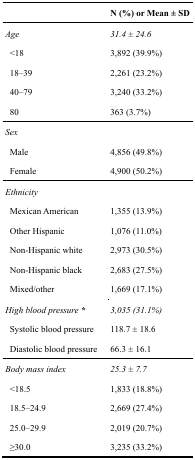
<table><thead><tr><td></td><td><b>N (%) or Mean ± SD</b></td></tr></thead><tbody><tr><td><i>Age</i></td><td><i>31.4 ± 24.6</i></td></tr><tr><td> &lt;18</td><td>3,892 (39.9%)</td></tr><tr><td> 18–39</td><td>2,261 (23.2%)</td></tr><tr><td> 40–79</td><td>3,240 (33.2%)</td></tr><tr><td> 80</td><td>363 (3.7%)</td></tr><tr><td><i>Sex</i></td><td></td></tr><tr><td> Male</td><td>4,856 (49.8%)</td></tr><tr><td> Female</td><td>4,900 (50.2%)</td></tr><tr><td><i>Ethnicity</i></td><td></td></tr><tr><td> Mexican American</td><td>1,355 (13.9%)</td></tr><tr><td> Other Hispanic</td><td>1,076 (11.0%)</td></tr><tr><td> Non-Hispanic white</td><td>2,973 (30.5%)</td></tr><tr><td> Non-Hispanic black</td><td>2,683 (27.5%)</td></tr><tr><td> Mixed/other</td><td>1,669 (17.1%)</td></tr><tr><td><i>High blood pressure <b>*</b></i></td><td><i>3,035 (31.1%)</i></td></tr><tr><td> Systolic blood pressure</td><td>118.7 ± 18.6</td></tr><tr><td> Diastolic blood pressure</td><td>66.3 ± 16.1</td></tr><tr><td><i>Body mass index</i></td><td><i>25.3 ± 7.7</i></td></tr><tr><td> &lt;18.5</td><td>1,833 (18.8%)</td></tr><tr><td> 18.5–24.9</td><td>2,669 (27.4%)</td></tr><tr><td> 25.0–29.9</td><td>2,019 (20.7%)</td></tr><tr><td> ≥30.0</td><td>3,235 (33.2%)</td></tr></tbody></table>